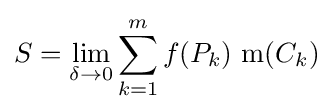
S=\lim _{\delta \to 0}\sum _{k=1}^{m}f(P_{k})\,\operatorname {m} (C_{k})